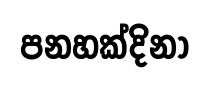
පනහක්දිනා